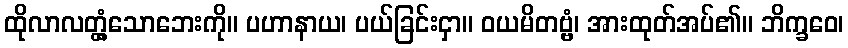
ထိုလာလတ္တံ့သောဘေးကို။ ပဟာနာယ၊ ပယ်ခြင်းငှာ။ ဝယမိတဗ္ဗံ၊ အားထုတ်အပ်၏။ ဘိက္ခဝေ၊